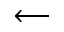
\longleftarrow